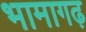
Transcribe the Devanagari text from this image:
भामागढ़